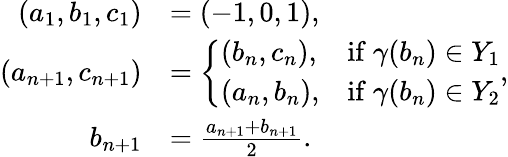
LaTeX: \begin{array}{rl}{(a_{1},b_{1},c_{1})}&{=(-1,0,1),}\\ {(a_{n+1},c_{n+1})}&{=\left\{ \begin{array}{ll}{(b_{n},c_{n}),}&{\mathrm{if~}\gamma(b_{n})\in Y_{1}}\\ {(a_{n},b_{n}),}&{\mathrm{if~}\gamma(b_{n})\in Y_{2}}\end{array}\right.,}\\ {b_{n+1}}&{=\frac{a_{n+1}+b_{n+1}}{2}.}\end{array}